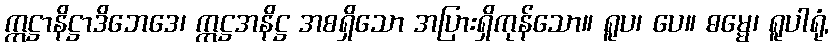
ဣဋ္ဌာနိဋ္ဌာဒိဘေဒေ၊ ဣဋ္ဌအနိဋ္ဌ အစရှိသော အပြားရှိကုန်သော။ ရူပ၊ ပေ။ ဓမ္မေ၊ ရူပါရုံ,